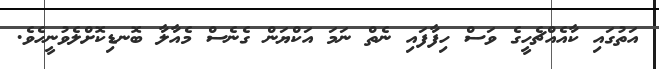
އަތުގައި ކާއެއްޗެހީގެ ވަސް ހިފާފައި ނެތް ނަމަ އަކްޔަން ގެނެސް މެއާލާ ބޮނޑިކޮށްލެވުނީހެވެ.